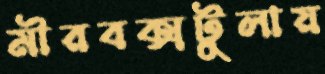
মীরবক্সটুলায়